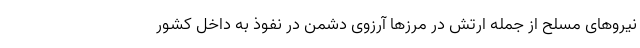
نیروهای مسلح از جمله ارتش در مرزها آرزوی دشمن در نفوذ به داخل کشور